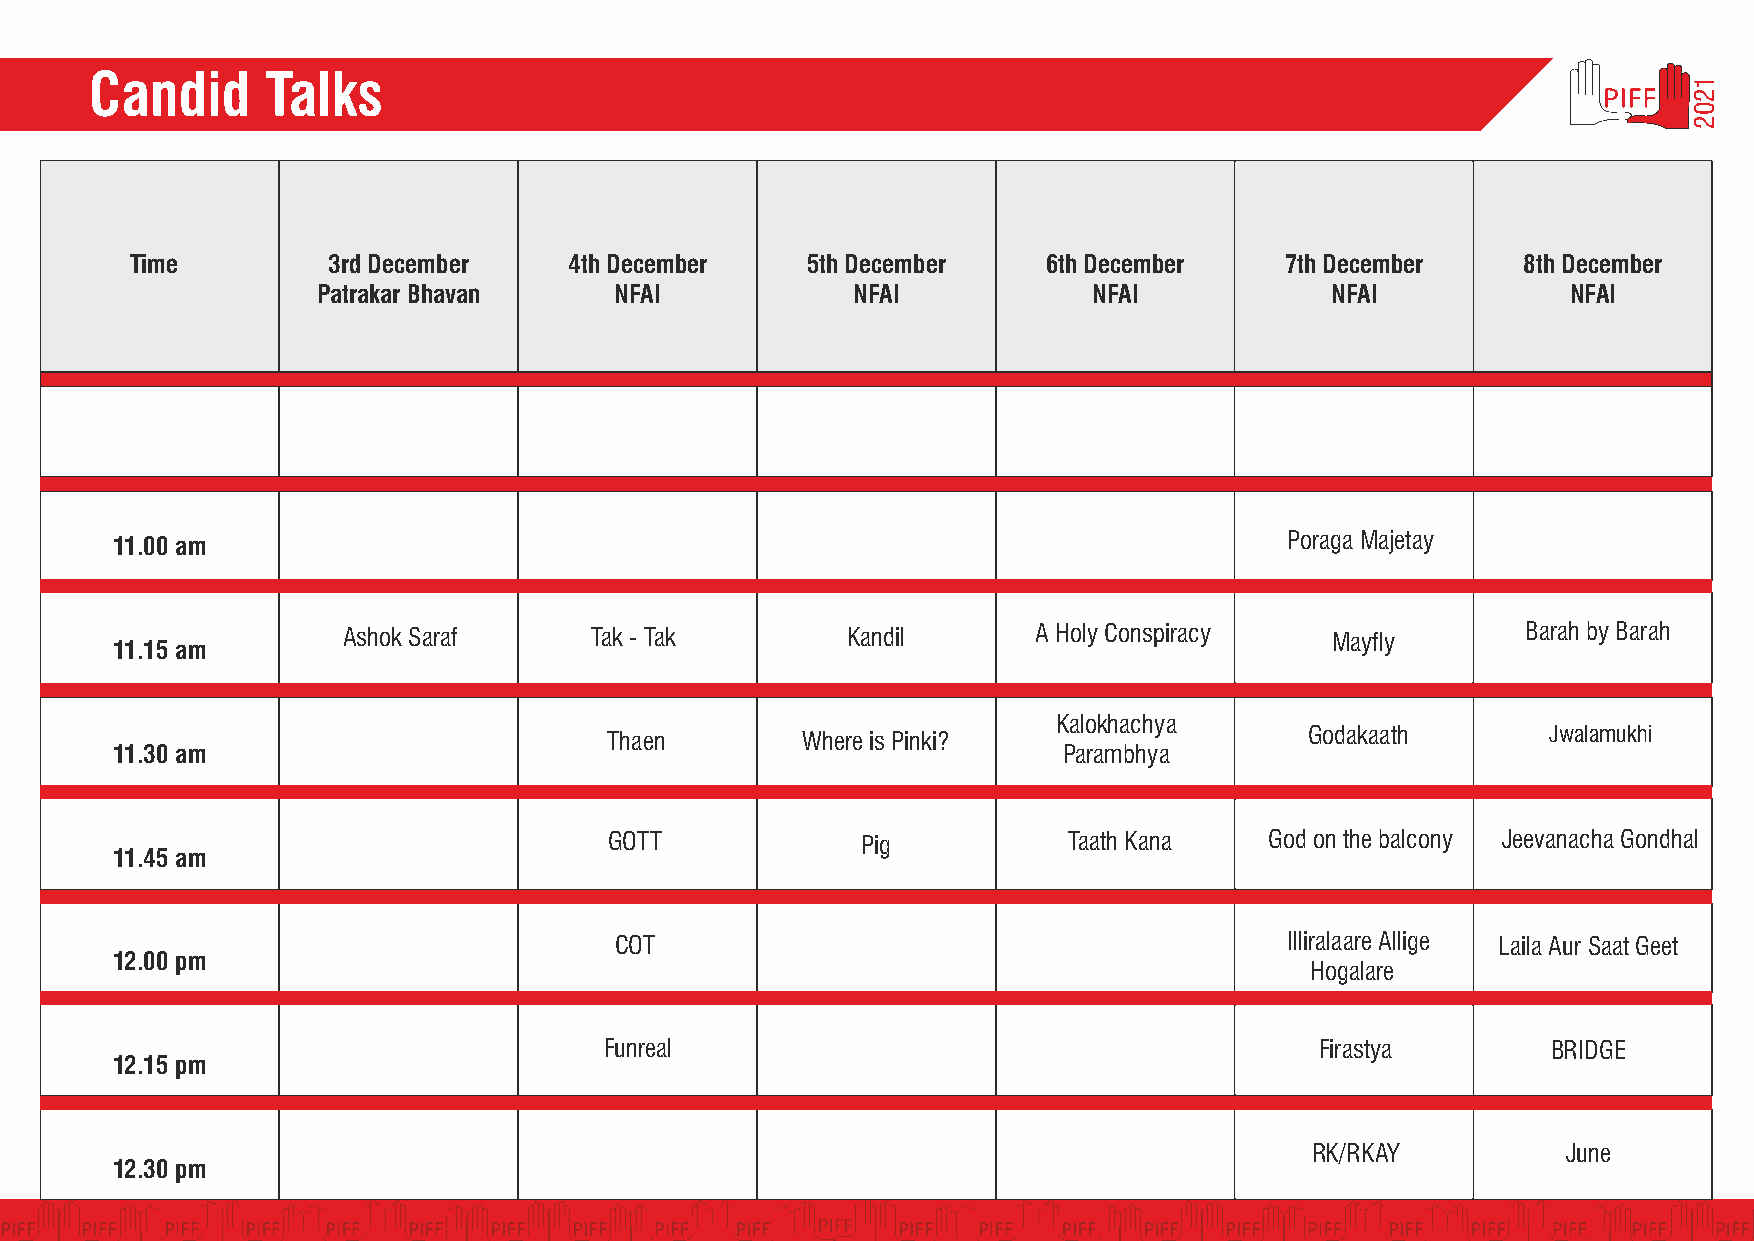
Candid      Talks
 Time         3rd December    4th December   5th December    6th December    7th December    8th December
 Patrakar Bhavan     NFAI           NFAI            NFAI            NFAI            NFAI
 Poraga Majetay
 11.00 am
 Ashok Saraf     Tak - Tak        Kandil       A Holy Conspiracy  Mayfly       Barah by Barah
 11.15 am
 Kalokhachya
 Thaen        Where is Pinki?                   Godakaath       Jwalamukhi
 11.30 am                                                       Parambhya
 GOTT             Pig           Taath Kana   God on the balcony Jeevanacha Gondhal
 11.45 am
 COT                                         Illiralaare Allige Laila Aur Saat Geet
 12.00 pm
 Hogalare
 Funreal                                        Firastya        BRIDGE
 12.15 pm
 RK/RKAY          June
 12.30 pm
 1202